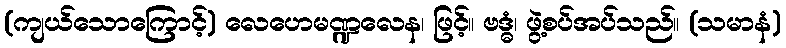
(ကျယ်သောကြောင့်) လေဟေမဏ္ဍလေန၊ ဖြင့်။ ဗဒ္ဓံ၊ ဖွဲ့စပ်အပ်သည်။ (သမာနံ)